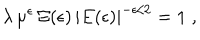
\lambda \, \mu ^ { \epsilon } \, \Xi ( \epsilon ) \, | E ( \epsilon ) | ^ { - \epsilon / 2 } = 1 \; ,